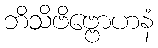
ဘိသိဗိဗ္ဗောဟနံ